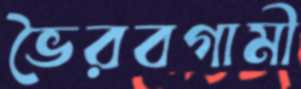
ভৈরবগামী